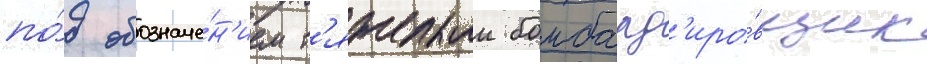
по́д обозначе́н'ием т'яжелыи бомбард'иро́вщик